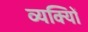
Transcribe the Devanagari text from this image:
व्यक्याेिं